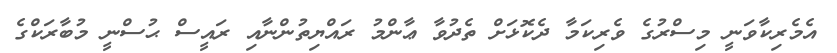
އެމެރިކާވަނީ މިސްރުގެ ވެރިކަމާ ދެކޮޅަށް ތެދުވާ ޢާންމު ރައްޔިތުންނާއި ރައީސް ޙުސްނީ މުބާރަކްގެ